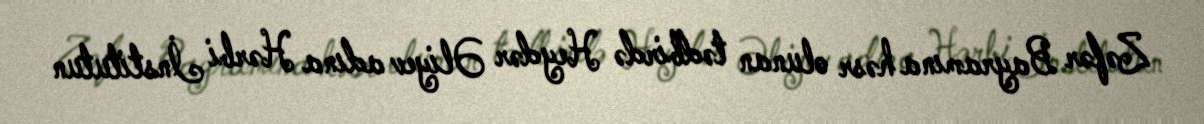
Zəfər Bayramına həsr olunan tədbirdə Heydər Əliyev adına Hərbi İnstitutun